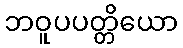
ဘဝူပပတ္တိယော